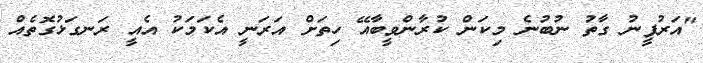
"އަރުފީނު ގާތު ނުބުނެ މިކަން ކުރާންވީބާއޭ ހިތަށް އަރަނީ އެކަމަކު އެއީ ރަނގަޅުގޮތެއް